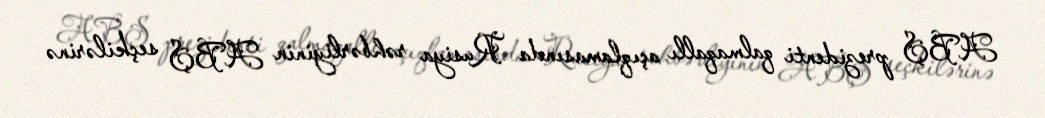
ABŞ prezidenti qalmaqallı açıqlamasında Rusiya rəhbərliyinin ABŞ seçkilərinə